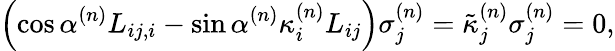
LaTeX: \left(\cos\alpha^{(n)}L_{ij,i}-\sin\alpha^{(n)}\kappa_{i}^{(n)}L_{ij}\right)\sigma_{j}^{(n)}=\tilde{\kappa}_{j}^{(n)}\sigma_{j}^{(n)}=0,